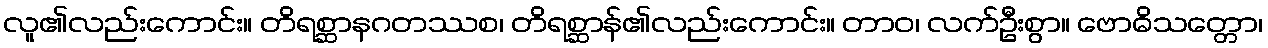
လူ၏လည်းကောင်း။ တိရစ္ဆာနဂတဿစ၊ တိရစ္ဆာန်၏လည်းကောင်း။ တာဝ၊ လက်ဦးစွာ။ ဗောဓိသတ္တော၊